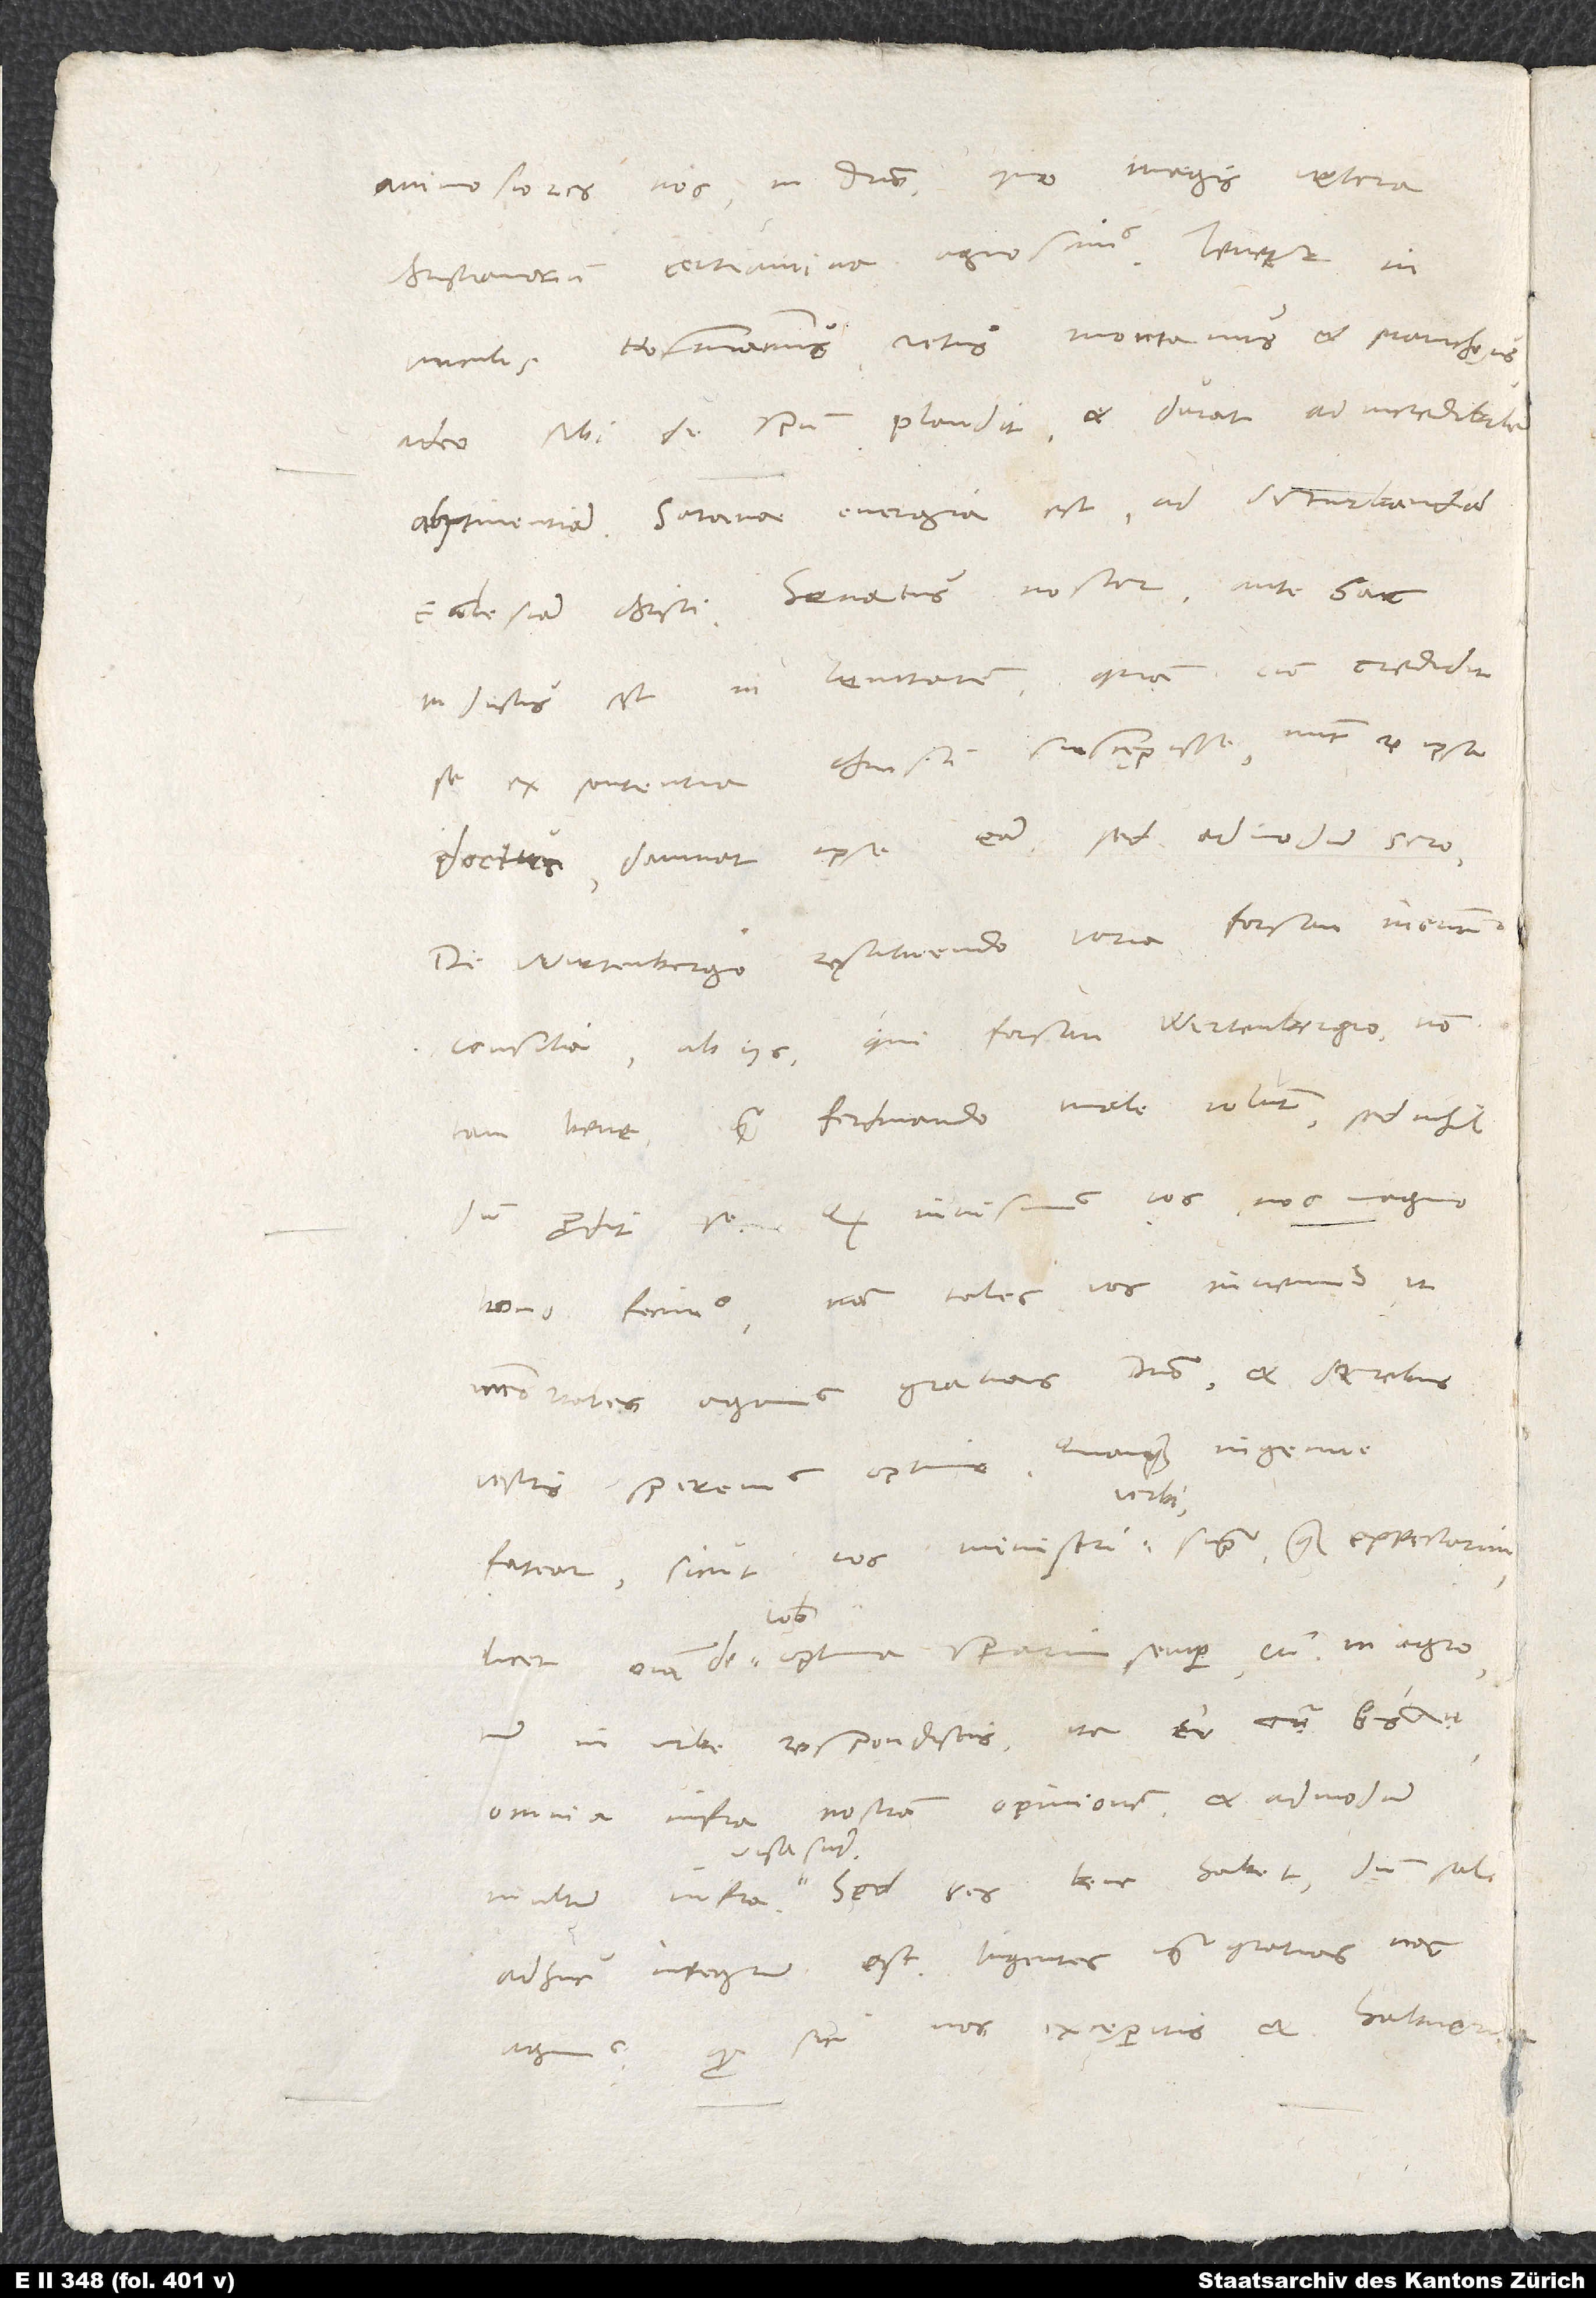
animosiores nos in domino, quo magis vetera
Christianorum certamina agnoscimus. Tenetur in
vinculis Hofmannus, vetus Montanus et Manichaeus.
Ideo sibi de spiritu plaudit, et durat ad incredibilem
abstinentiam. Satanae energia est ad deturbandam
ecclesiam Christi. Senatus noster antehac
inductus est in lenitatem, quam cum credidit
se ex sententia Christi suscępisse, nunc re ipsa
doctus damnat ipse eam, sed admodum sero.
De Wirtenbergo restituendo varia forsan ineuntur
consilia ab iis, qui forsan Wirtenbergio non
tam bene quam Ferdinando male volunt. Sed nihildum
bono fecimus. Nam tales vos invenimus, ut
immortales agamus gratias domino et de rebus
vestris speremus optime, quanquam ingenue
fatear, sicut vos ministri verbi supra, quam expectarimus
licet omnia de vobis optima sperarim semper - cum in agro
tum in urbe respondistis, ita
omnia infra nostram opinionem, et admodum
adhuc integrum est. Ingentes igitur gratias nos
sic nos excęperitis et habueritis